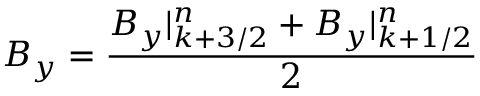
B _ { y } = \frac { B _ { y } | _ { k + 3 / 2 } ^ { n } + B _ { y } | _ { k + 1 / 2 } ^ { n } } { 2 }